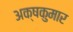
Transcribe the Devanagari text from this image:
अक्षकुमार